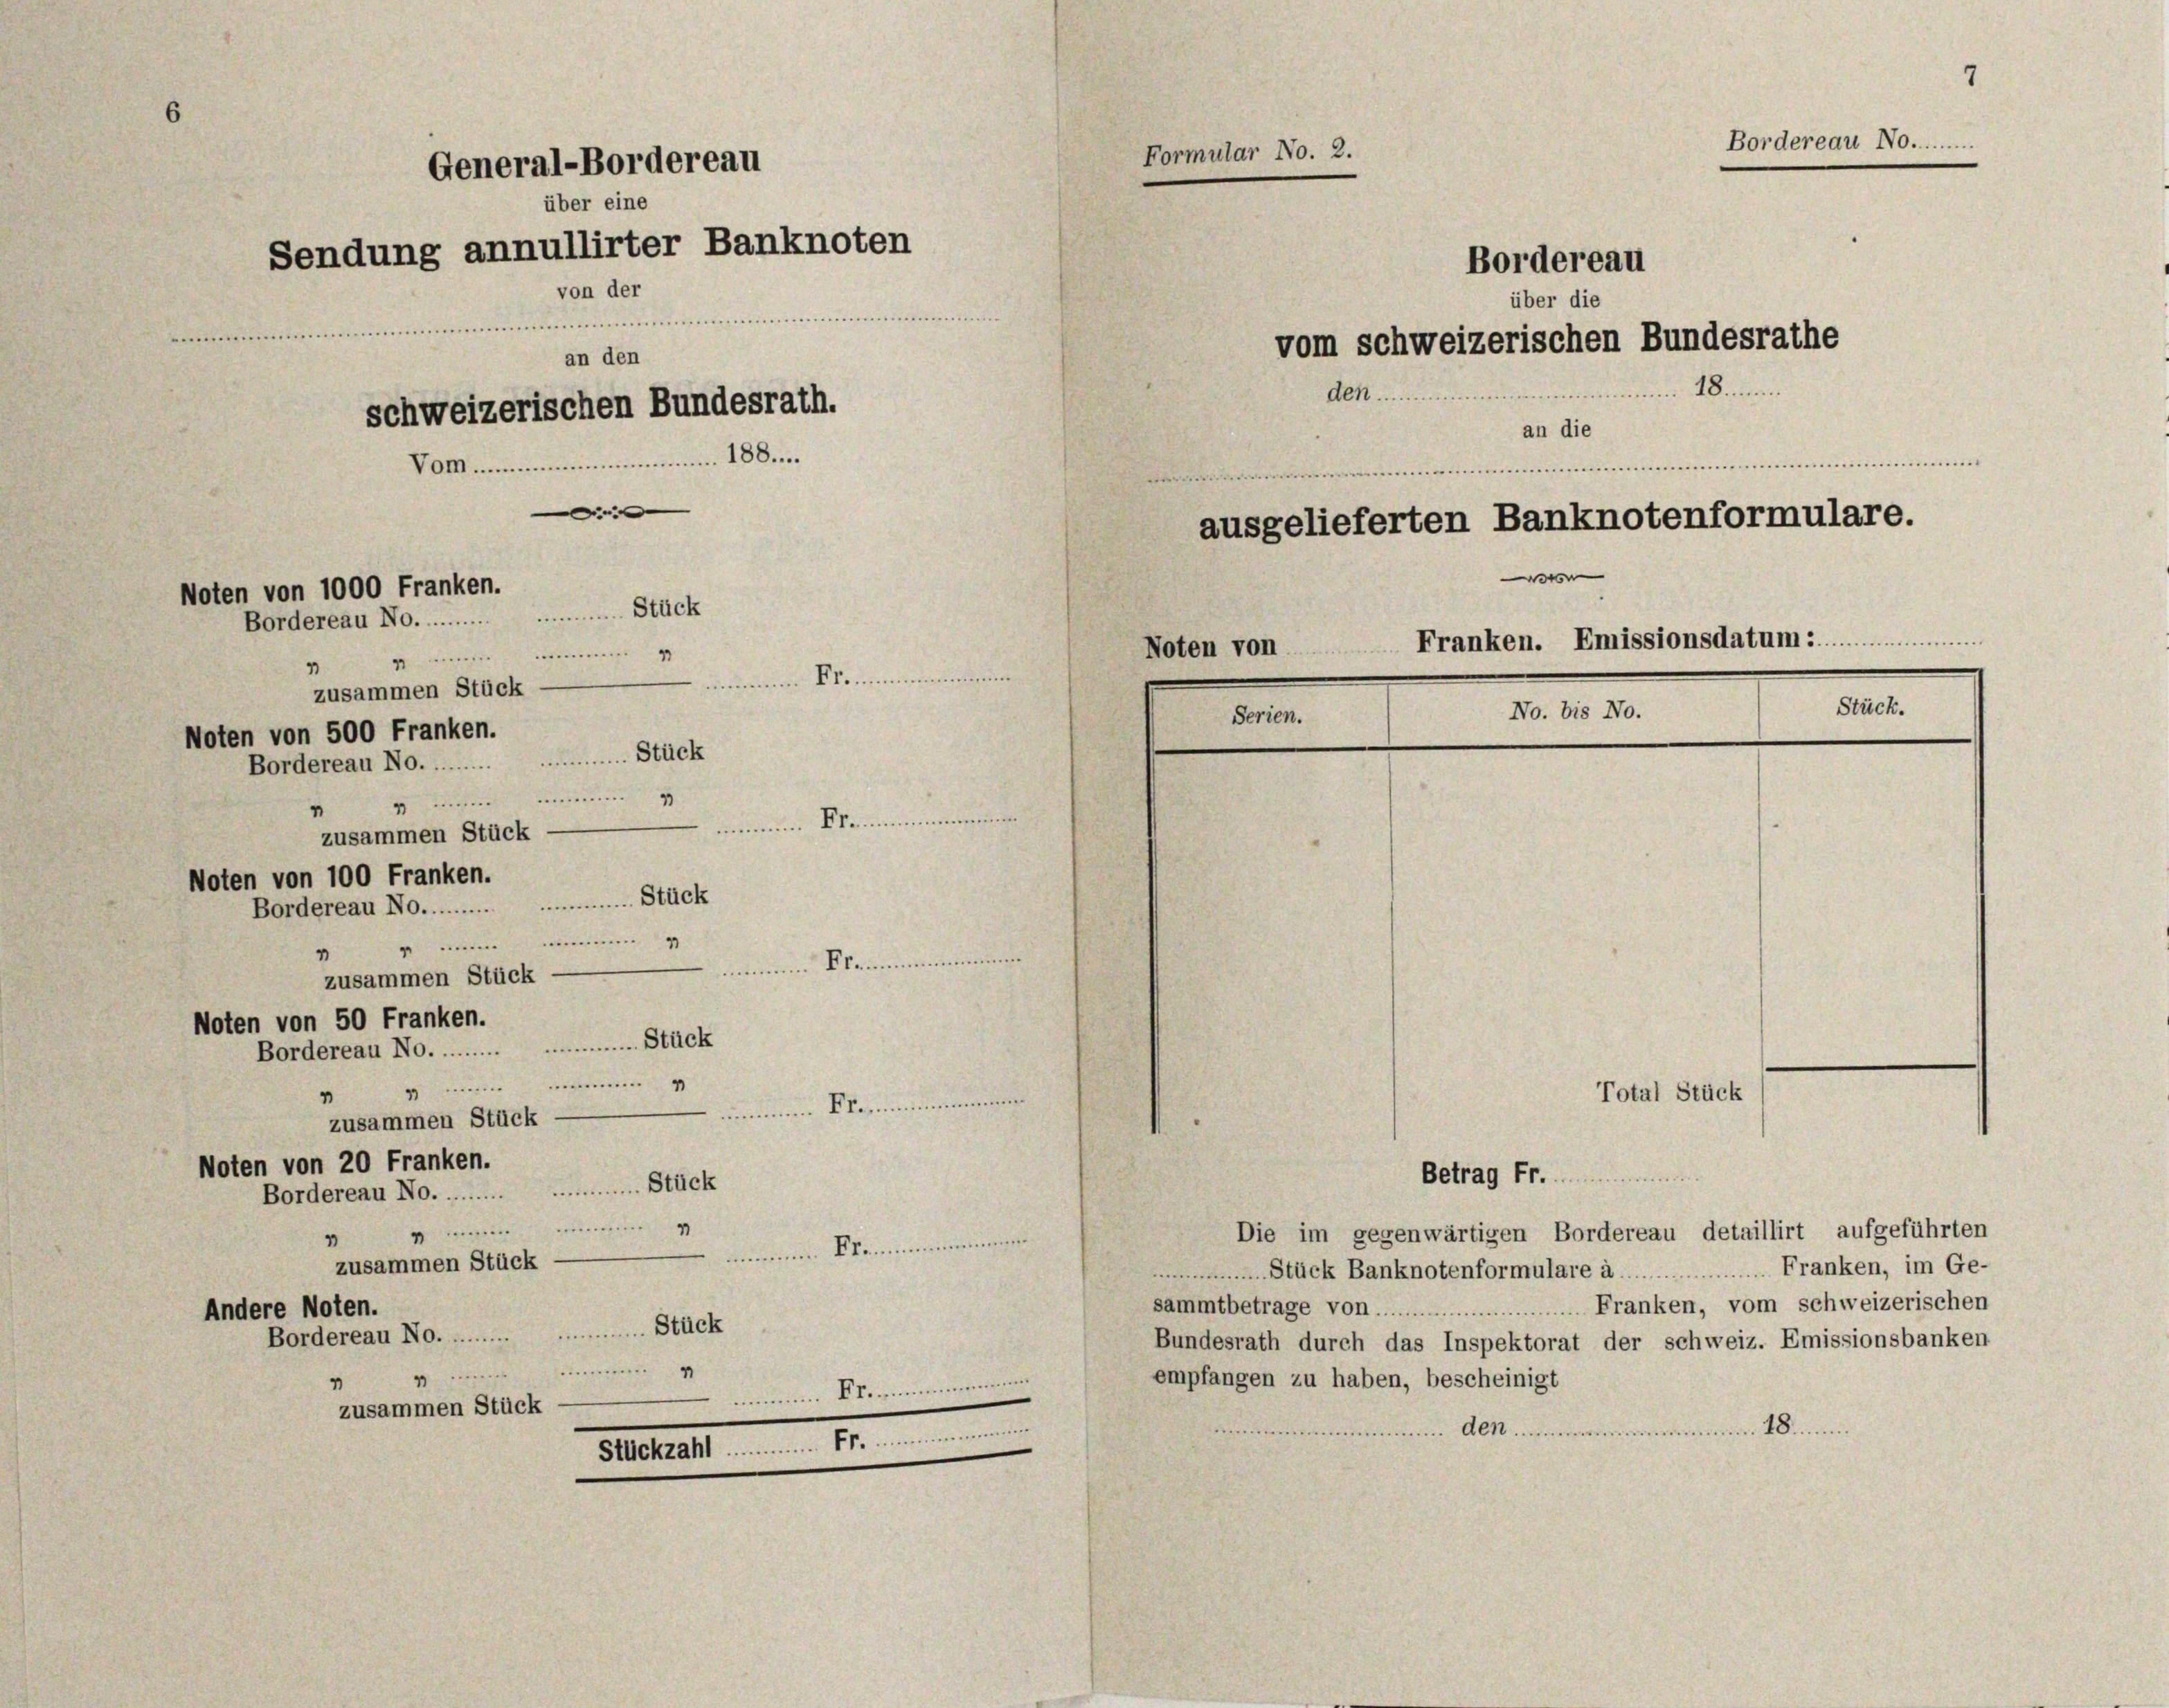
General-Bordereau
über eine
Sendung annullirter Banknoten
von der
.
.......................
an den
schweizerischen Bundesrath.
Vom................................18...

Noten von 1000 Franken.
Bordereau No. Stück

1
minum Kleine
zusammen Stück
Noten von 500 Franken.
Bordereau No. Stück
icher m
minum Manne
zusammen Stück
Noten von 100 Franken.
Bordereau No. Stück

neinem Klein
zusammen Stück
Noten von 50 Franken.
Bordereau No. Stück
.
"
nmmin den
zusammen Stück
Noten von 20 Franken.
Bordereau No. Stück

minum 4. Ken
zusammen Stück
Andere Noten.
Bordereau No. Stück

immen St

Bordereau

Bordereau No..

über die
vom schweizerischen Bundesrathe
18.
Aen............
e
e
ausgelieferten Banknotenformulare.
Franken. Emissionsdatum
ten von
Stück.
No. bis No.

an die

Betrag Fr.

e
Die im gegenwärtigen Bordereau detaillirt aufgeführten
Franken, im Ge-
Stück Banknotenformulare à...
sammtbetrage von...................... Franken, vom schweizerischen
Bundesrath durch das Inspektorat der schweiz. Emissionsbanken
empfangen zu haben, bescheinigt
deren Wimm
den.

Total Stück